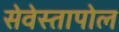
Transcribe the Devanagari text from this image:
सेवेस्तापोल